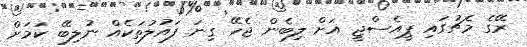
ރޭގެ މެޗުގައި ޕީއެސްޖީ އަށް ލިބެން ޖެހޭ ގިނަ ފައުލުތަކެއް ނުލިބޭ ކަމަށް